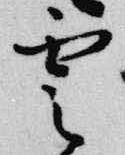
雲